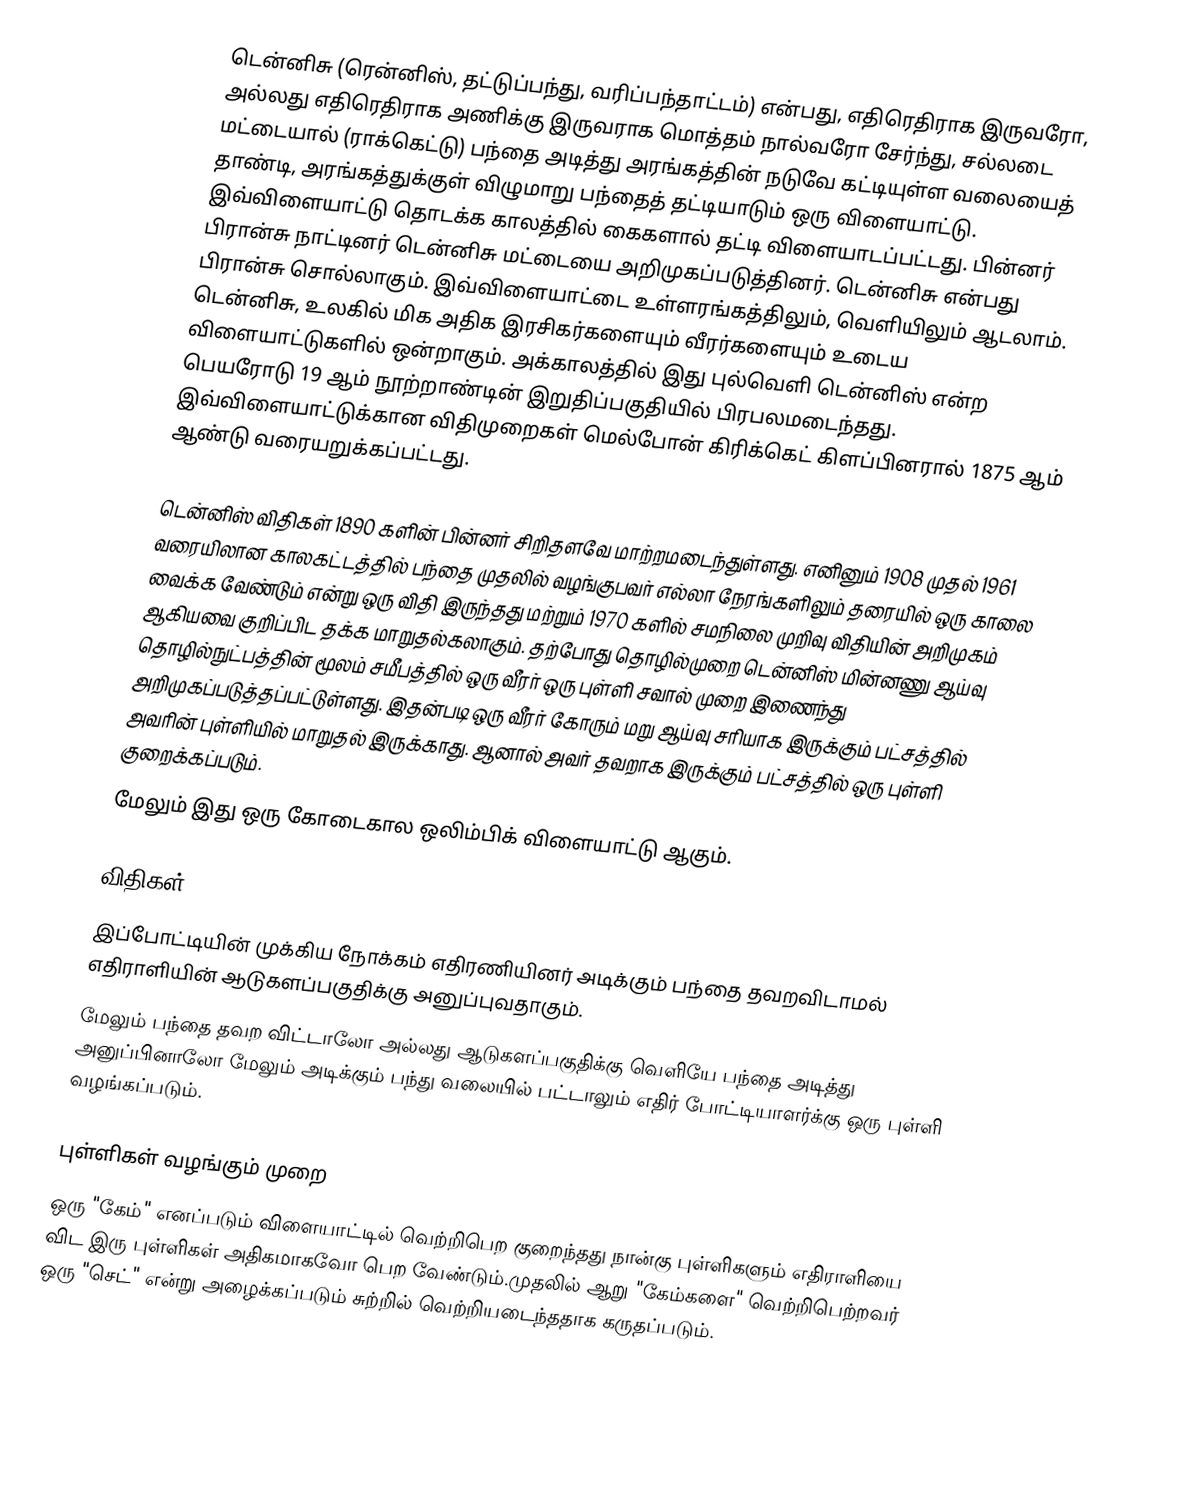
டென்னிசு (ரென்னிஸ், தட்டுப்பந்து, வரிப்பந்தாட்டம்) என்பது, எதிரெதிராக இருவரோ, அல்லது எதிரெதிராக அணிக்கு இருவராக மொத்தம் நால்வரோ சேர்ந்து, சல்லடை மட்டையால் (ராக்கெட்டு) பந்தை அடித்து அரங்கத்தின் நடுவே கட்டியுள்ள வலையைத் தாண்டி, அரங்கத்துக்குள் விழுமாறு பந்தைத் தட்டியாடும் ஒரு விளையாட்டு. இவ்விளையாட்டு தொடக்க காலத்தில் கைகளால் தட்டி விளையாடப்பட்டது. பின்னர் பிரான்சு நாட்டினர் டென்னிசு மட்டையை அறிமுகப்படுத்தினர். டென்னிசு என்பது பிரான்சு சொல்லாகும். இவ்விளையாட்டை உள்ளரங்கத்திலும், வெளியிலும் ஆடலாம். டென்னிசு, உலகில் மிக அதிக இரசிகர்களையும் வீரர்களையும் உடைய விளையாட்டுகளில் ஒன்றாகும்.  அக்காலத்தில் இது புல்வெளி டென்னிஸ் என்ற பெயரோடு 19 ஆம் நூற்றாண்டின் இறுதிப்பகுதியில் பிரபலமடைந்தது. இவ்விளையாட்டுக்கான விதிமுறைகள் மெல்போன் கிரிக்கெட் கிளப்பினரால் 1875 ஆம் ஆண்டு வரையறுக்கப்பட்டது.

டென்னிஸ் விதிகள் 1890 களின் பின்னர் சிறிதளவே மாற்றமடைந்துள்ளது. எனினும் 1908 முதல் 1961 வரையிலான காலகட்டத்தில் பந்தை முதலில் வழங்குபவர் எல்லா நேரங்களிலும் தரையில் ஒரு காலை வைக்க வேண்டும் என்று ஒரு விதி இருந்தது மற்றும் 1970 களில் சமநிலை முறிவு விதியின் அறிமுகம் ஆகியவை குறிப்பிட தக்க மாறுதல்கலாகும். தற்போது தொழில்முறை டென்னிஸ் மின்னணு ஆய்வு தொழில்நுட்பத்தின் மூலம் சமீபத்தில் ஒரு வீரர் ஒரு புள்ளி சவால் முறை இணைந்து அறிமுகப்படுத்தப்பட்டுள்ளது. இதன்படி ஒரு வீரர் கோரும் மறு ஆய்வு சரியாக இருக்கும் பட்சத்தில் அவரின் புள்ளியில் மாறுதல் இருக்காது. ஆனால் அவர் தவறாக இருக்கும் பட்சத்தில் ஒரு புள்ளி குறைக்கப்படும்.
மேலும் இது ஒரு கோடைகால ஒலிம்பிக் விளையாட்டு ஆகும்.

விதிகள்
இப்போட்டியின் முக்கிய நோக்கம் எதிரணியினர் அடிக்கும் பந்தை தவறவிடாமல் எதிராளியின் ஆடுகளப்பகுதிக்கு அனுப்புவதாகும்.
மேலும் பந்தை தவற விட்டாலோ அல்லது ஆடுகளப்பகுதிக்கு வெளியே பந்தை அடித்து அனுப்பினாலோ மேலும் அடிக்கும் பந்து வலையில் பட்டாலும் எதிர் போட்டியாளர்க்கு ஒரு புள்ளி வழங்கப்படும்.

புள்ளிகள் வழங்கும் முறை
ஒரு "கேம்" எனப்படும் விளையாட்டில் வெற்றிபெற குறைந்தது நான்கு புள்ளிகளும் எதிராளியை விட இரு புள்ளிகள் அதிகமாகவோ பெற வேண்டும்.முதலில் ஆறு "கேம்களை" வெற்றிபெற்றவர் ஒரு "செட்" என்று அழைக்கப்படும் சுற்றில் வெற்றியடைந்ததாக கருதப்படும்.